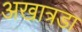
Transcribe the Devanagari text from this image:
अखात्रडा